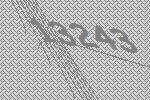
13243